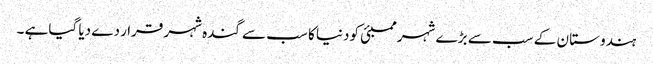
ہندوستا ن کے سب سے بڑ ے شہر ممبئی کودنیا کا سب سے گندہ شہر قرا ر دے دیا گیاہے ۔